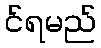
င်ရမည်